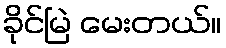
ခိုင်မြဲ မေးတယ်။